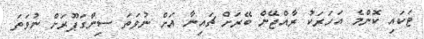
ޓަކައި ކޮންމެ އަހަރަކު ރާއްޖޭން ބޭރަށް ޗައިނާ އަށް ނުވަތަ ސިންގަޕޫރަށް ނުވަތަ